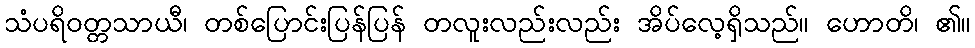
သံပရိဝတ္တသာယီ၊ တစ်ပြောင်းပြန်ပြန် တလူးလည်းလည်း အိပ်လေ့ရှိသည်။ ဟောတိ၊ ၏။